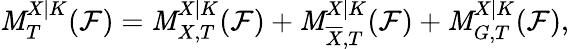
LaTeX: \mathit{M}_{T}^{X|K}(\mathcal{F})=\mathit{M}_{X,T}^{X|K}(\mathcal{F})+\mathit{M}_{\overline{{{X}}},T}^{X|K}(\mathcal{F})+\mathit{M}_{G,T}^{X|K}(\mathcal{F}),